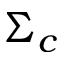
\Sigma _ { c }